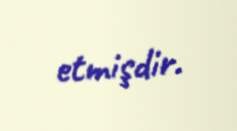
etmişdir.